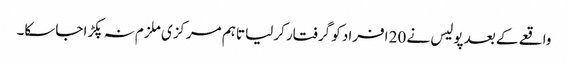
واقعے کے بعد پولیس نے 20 افراد کو گرفتار کرلیا تاہم مرکزی ملزم نہ پکڑا جاسکا۔